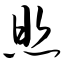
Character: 照